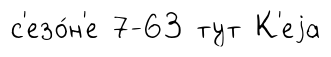
с'езо́н'е 7-63 тут К'еjа